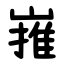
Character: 嶊